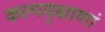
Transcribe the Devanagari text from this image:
कल्पवृक्षाणां